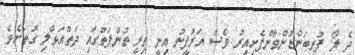
ދެ ލޯ ފުރިބަންޑުންވާންފެށިއިރު ވެސް އަރުފީނު އިނީ ތިރީ ތުންފަތުގައި ދަތްއަޅާލި ގޮތަށެވެ.